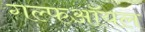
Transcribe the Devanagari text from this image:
गल्फऑयल